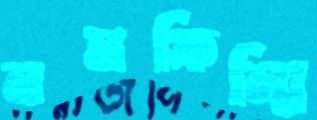
ননফিল্মি